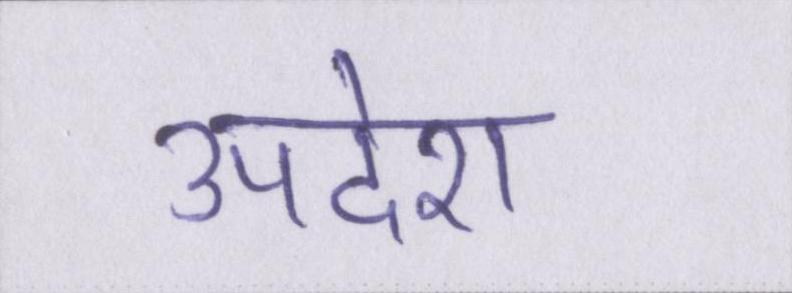
उपदेश